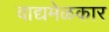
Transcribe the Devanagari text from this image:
वाद्यमेळकार